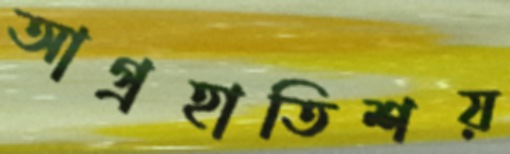
আগ্রহাতিশয়